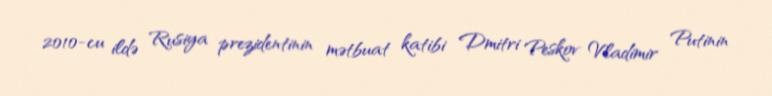
2010-cu ildə Rusiya prezidentinin mətbuat katibi Dmitri Peskov Vladimir Putinin